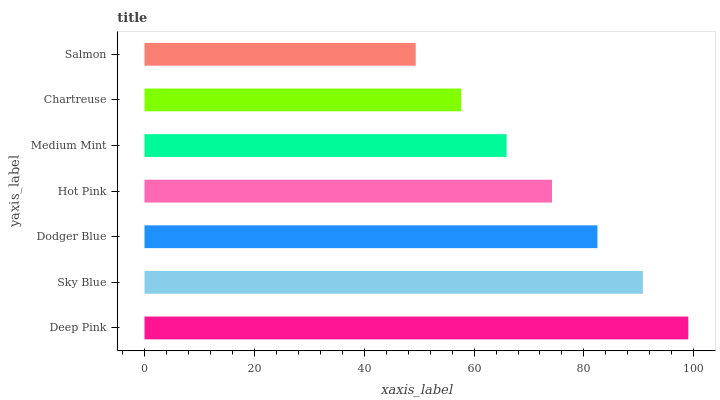
| yaxis_label | bars |
 | --- | --- |
 | Deep Pink | 99 |
 | Sky Blue | 90.7 |
 | Dodger Blue | 82.5 |
 | Hot Pink | 74.2 |
 | Medium Mint | 65.9 |
 | Chartreuse | 57.6 |
 | Salmon | 49.4 |